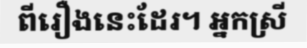
ពីរឿងនេះដែរ។ អ្នកស្រី